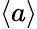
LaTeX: \langle a\rangle